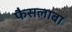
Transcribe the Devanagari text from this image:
फैसलाबा